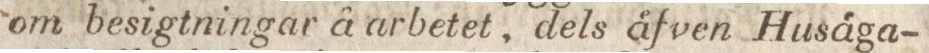
om besigtningar å arbetet, dels åfven Husäga-